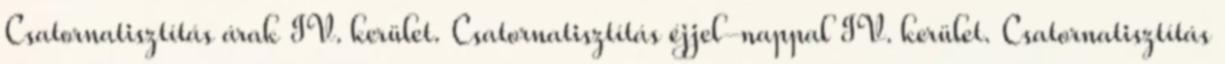
Csatornatisztítás árak IV. kerület. Csatornatisztítás éjjel-nappal IV. kerület. Csatornatisztítás